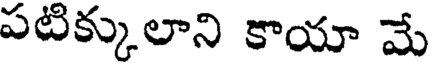
పటిక్కులాని కాయా మే